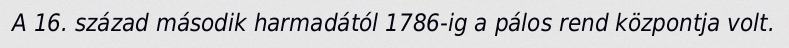
A 16. század második harmadától 1786-ig a pálos rend központja volt.